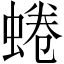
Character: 蜷